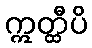
ဣတ္ထီပိ